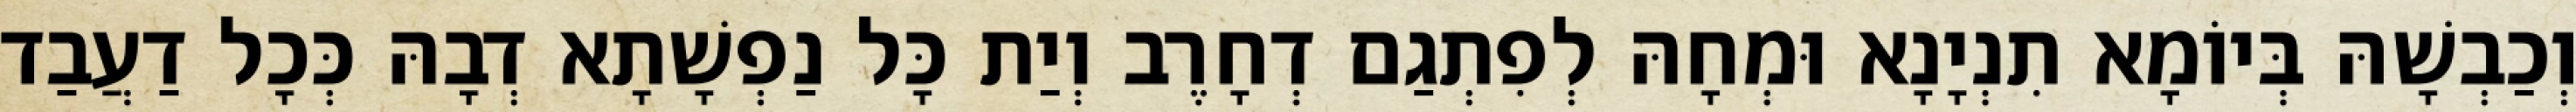
וְכַבְשָׁהּ בְּיוֹמָא תִנְיָנָא וּמְחָהּ לְפִתְגַם דְחָרֶב וְיַת כָּל נַפְשָׁתָא דְבָהּ כְּכָל דַעֲבַד